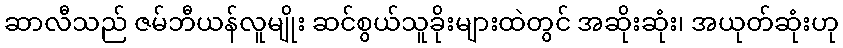
ဆာလီသည် ဇမ်ဘီယန်လူမျိုး ဆင်စွယ်သူခိုးများထဲတွင် အဆိုးဆုံး၊ အယုတ်ဆုံးဟု